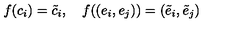
f ( c _ { i } ) = \tilde { c } _ { i } , \quad f ( ( e _ { i } , e _ { j } ) ) = ( \tilde { e } _ { i } , \tilde { e } _ { j } )